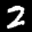
Label: 2